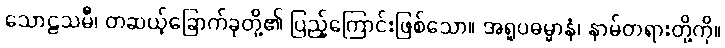
သောဠသမီ၊ တဆယ့်ခြောက်ခုတို့၏ ပြည့်ကြောင်းဖြစ်သော။ အရူပဓမ္မာနံ၊ နာမ်တရားတို့ကို။